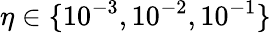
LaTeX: \eta\in\{ 10^{-3},10^{-2},10^{-1}\}